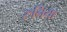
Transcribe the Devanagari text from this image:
रुनिया